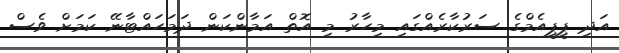
އަދި ޕީޕީއެމްގެ ސަރުކާރެއްގައި މިހާރު މި އޮތް އަމާންކަން ދަމަހައްޓާނޭ ކަމަށް ވެސް